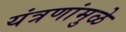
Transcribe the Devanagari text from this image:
यंत्रणांमुळे